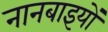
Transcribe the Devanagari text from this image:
नानबाइयों